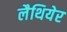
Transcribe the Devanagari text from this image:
लैथियेर